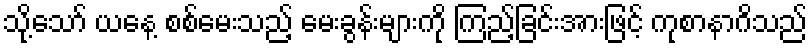
သို့သော် ယနေ့ စစ်မေးသည့် မေးခွန်းများကို ကြည့်ခြင်းအားဖြင့် ကုစာနာဂိသည်